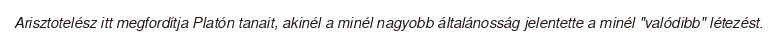
Arisztotelész itt megfordítja Platón tanait, akinél a minél nagyobb általánosság jelentette a minél "valódibb" létezést.